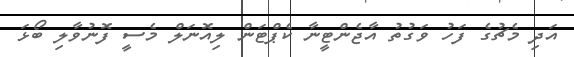
އަދި މެޗުގެ ފަހު ވަގުތު އާޖެންޓީނާ ކެޕްޓަން ލިއޮނަލް މެސީ ފޮނުވާލި ބޯޅަ